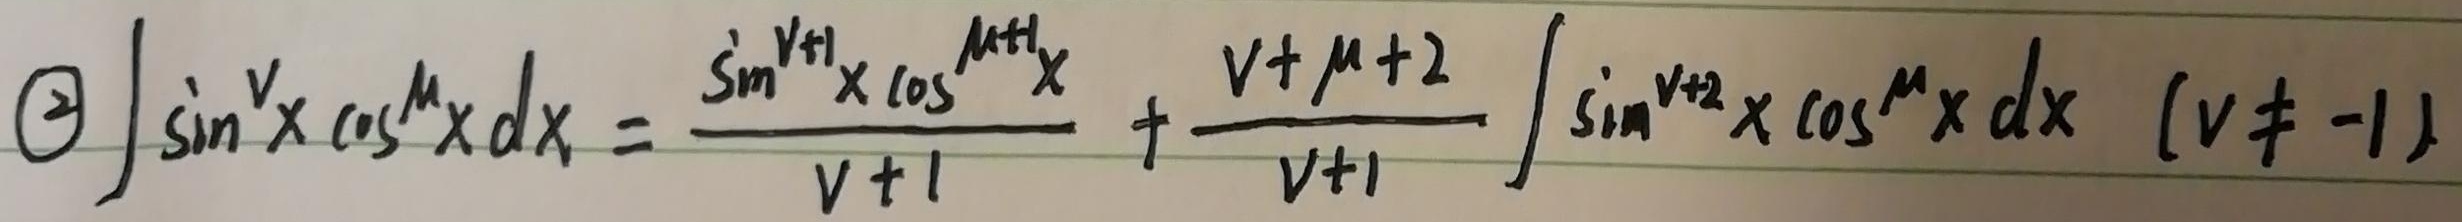
\textcircled{2}\(\int\sin^{v}x\cos^{\mu}x dx=\frac{\sin^{v + 1}x\cos^{\mu + 1}x}{v + 1}+\frac{v+\mu + 2}{v + 1}\int\sin^{v + 2}x\cos^{\mu}x dx\ (v\neq - 1)\)